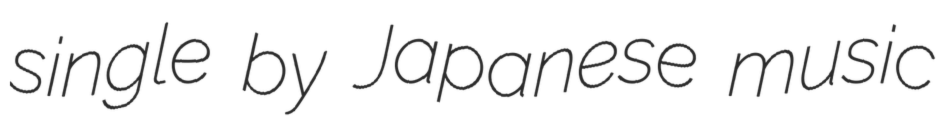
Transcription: single by Japanese music